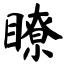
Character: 瞭